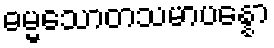
ဓမ္မသောတသမာပန္နော